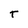
Character: T